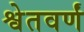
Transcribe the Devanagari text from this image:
श्वेतवर्णं